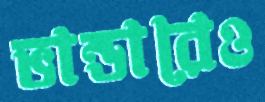
ভান্ডারেও